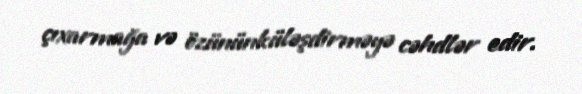
çıxarmağa və özününküləşdirməyə cəhdlər edir.